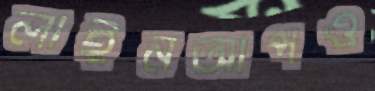
লাইনআপও